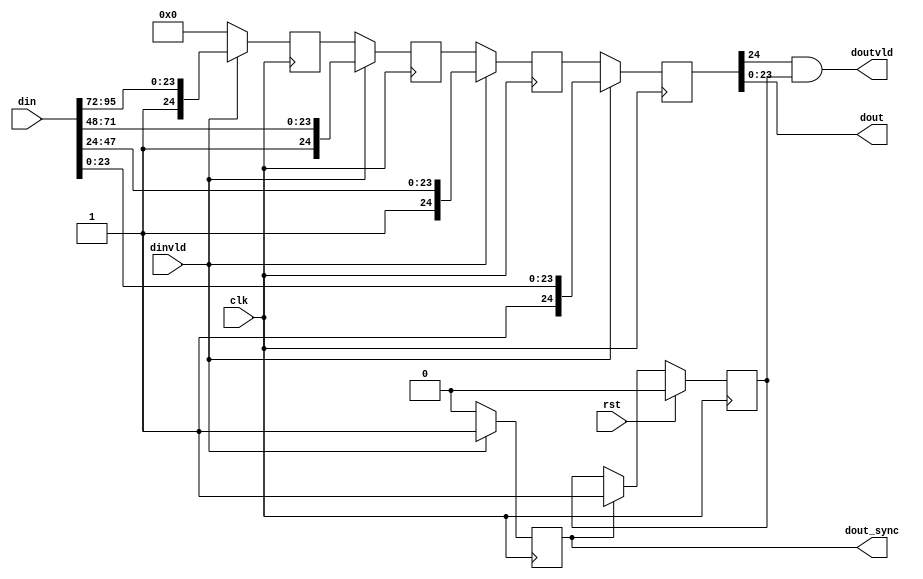
module x64_adc_mux_adc_streams (
  input            clk,        
  input            rst,
  input    [95:0]  din,        
  input            dinvld,     
  output   [23:0]  dout,       
  output           doutvld,    
  output           dout_sync   
);

  reg [24:0] word0;
  reg [24:0] word1;
  reg [24:0] word2;
  reg [24:0] word3;
  reg sync_reg;
 
  /* Parallel load, serial out shift register */
  // The dinvld signal has a huge fanout here -- can cause
  // timing issues
  
  // synthesis attribute MAX_FANOUT of dinvld is 12
  // synthesis attribute shreg_extract of word0 is NO
  // synthesis attribute shreg_extract of word1 is NO
  // synthesis attribute shreg_extract of word2 is NO
  // synthesis attribute shreg_extract of word3 is NO
  always @(posedge clk) begin
    if (dinvld) begin
      word0    <= {1'b1, din[24*1 -1:24*0]};
      word1    <= {1'b1, din[24*2 -1:24*1]};
      word2    <= {1'b1, din[24*3 -1:24*2]};
      word3    <= {1'b1, din[24*4 -1:24*3]};
      sync_reg <=  1'b1;
    end else begin
      word0     <= word1;
      word1     <= word2;
      word2     <= word3;
      word3     <= 25'b0;
      sync_reg  <= 1'b0;
    end
  end

  reg mstr_en;
  always @(posedge clk) begin
    if (rst) begin
        mstr_en <= 1'b0;
    end else begin
        if (sync_reg) begin
            mstr_en <= 1'b1;
        end
    end
  end
  
  assign dout      = word0[23:0];
  assign doutvld   = word0[24]&mstr_en;
  assign dout_sync = sync_reg;

/*
  reg [2:0] ctr
  reg       doutvld_reg

  always @(posedge clk) begin
    if (rst == 1) begin
      doutvld_reg <= 1'b0;
    end else if (dinvld) begin
      doutvld_reg <= 1'b1;
      ctr         <= 2'b0;
    end else 
      ctr <= ctr + 1;
    end
    if (ctr == 3) begin
      doutvld_reg <= 1'b0;
  end
  assign doutvld = doutvld_reg;
*/
endmodule